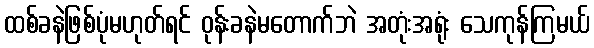
ထစ်ခနဲဖြစ်ပုံမဟုတ်ရင် ဝုန်းခနဲမတောက်ဘဲ အတုံးအရုံး သေကုန်ကြမယ်